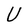
Character: U